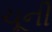
ચૂની